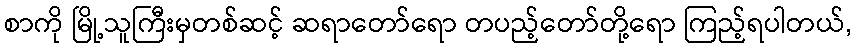
စာကို မြို့သူကြီးမှတစ်ဆင့် ဆရာတော်ရော တပည့်တော်တို့ရော ကြည့်ရပါတယ်,